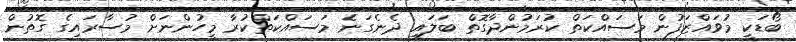
ބޯޑަކީ މުވައްޒަފުން މަސައްކަތް ކުރަމުންދާގޮތް ބަލައި ދެނެގަނެ މަސައްކަތްކުރާ މީހުންނަށް މުސާރައިގެ ގޮތުން